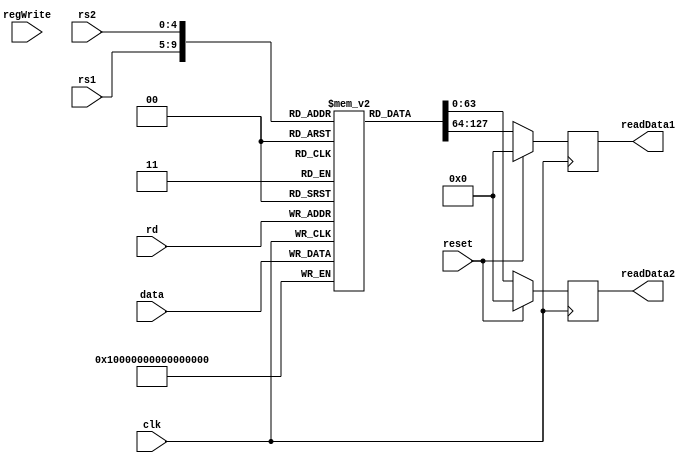
module registerFile(
	input [63:0] data,
	input [4:0] rs1,rs2,rd,
	input regWrite, clk, reset,
	output reg [63:0] readData1, readData2
);

reg [63:0] registers [31:0];

initial
begin
	registers[0] = 64'b0000000000000000000000000000000000000000000000000000000000000000;
	registers[1] = 64'b0000000000000000000000000000000000000000000000000000000000000001;
	registers[2] = 64'b0000000000000000000000000000000000000000000000000000000000000010;
	registers[3] = 64'b0000000000000000000000000000000000000000000000000000000000000011;
	registers[4] = 64'b0000000000000000000000000000000000000000000000000000000000000100;
	registers[5] = 64'b0000000000000000000000000000000000000000000000000000000000000101;
	registers[6] = 64'b0000000000000000000000000000000000000000000000000000000000000110;
	registers[7] = 64'b0000000000000000000000000000000000000000000000000000000000000111;
	registers[8] = 64'b0000000000000000000000000000000000000000000000000000000000001000;
	registers[9] = 64'b0000000000000000000000000000000000000000000000000000000000001001;
	registers[10] = 64'b0000000000000000000000000000000000000000000000000000000000001010;
	registers[11] = 64'b0000000000000000000000000000000000000000000000000000000000001011;
	registers[12] = 64'b0000000000000000000000000000000000000000000000000000000000001100;
	registers[13] = 64'b0000000000000000000000000000000000000000000000000000000000001101;
	registers[14] = 64'b0000000000000000000000000000000000000000000000000000000000001110;
	registers[15] = 64'b0000000000000000000000000000000000000000000000000000000000001111;
	registers[16] = 64'b0000000000000000000000000000000000000000000000000000000000010000;
	registers[17] = 64'b0000000000000000000000000000000000000000000000000000000000010001;
	registers[18] = 64'b0000000000000000000000000000000000000000000000000000000000010010;
	registers[19] = 64'b0000000000000000000000000000000000000000000000000000000000010011;
	registers[20] = 64'b0000000000000000000000000000000000000000000000000000000000010100;
	registers[21] = 64'b0000000000000000000000000000000000000000000000000000000000010101;
	registers[22] = 64'b0000000000000000000000000000000000000000000000000000000000010110;
	registers[23] = 64'b0000000000000000000000000000000000000000000000000000000000010111;
	registers[24] = 64'b0000000000000000000000000000000000000000000000000000000000011000;
	registers[25] = 64'b0000000000000000000000000000000000000000000000000000000000011001;
	registers[26] = 64'b0000000000000000000000000000000000000000000000000000000000011010;
	registers[27] = 64'b0000000000000000000000000000000000000000000000000000000000011011;
	registers[28] = 64'b0000000000000000000000000000000000000000000000000000000000011100;
	registers[29] = 64'b0000000000000000000000000000000000000000000000000000000000011101;
	registers[30] = 64'b0000000000000000000000000000000000000000000000000000000000011110;
	registers[31] = 64'b0000000000000000000000000000000000000000000000000000000000011111;
end


//Writing data operation:
always @ (posedge clk)
begin 
	registers[rd] <= data;
end

//Reading data operation: 
always @ (negedge clk)
begin 
	if (reset)
	begin
		readData1 = 64'b0000000000000000000000000000000000000000000000000000000000000000;
		readData2 = 64'b0000000000000000000000000000000000000000000000000000000000000000;	
	end
	else
	begin
		readData1 <= registers[rs1];
		readData2 <= registers[rs2];
	end
end
endmodule